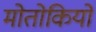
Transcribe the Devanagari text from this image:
मोतोकियो